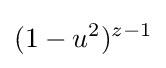
(1-u^{2})^{z-1}